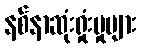
နစ်နာဆုံးရှုံးမှုများ